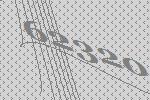
62320